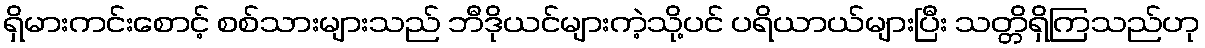
ရှိမားကင်းစောင့် စစ်သားများသည် ဘီဒိုယင်များကဲ့သို့ပင် ပရိယာယ်များပြီး သတ္တိရှိကြသည်ဟု